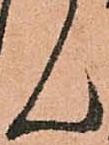
ん